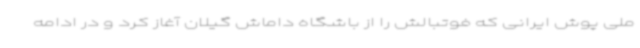
ملی پوش ایرانی که فوتبالش را از باشگاه داماش گیلان آغاز کرد و در ادامه